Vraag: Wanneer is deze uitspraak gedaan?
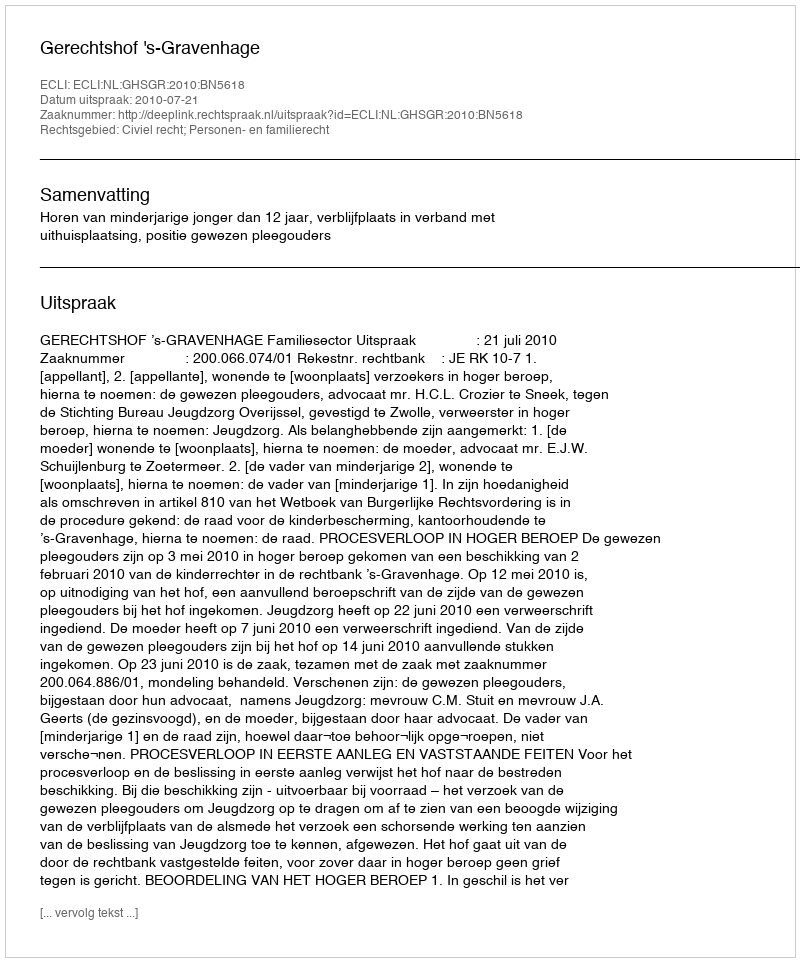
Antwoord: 2010-07-21